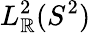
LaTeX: L_{\mathbb{R}}^{2}(S^{2})